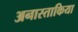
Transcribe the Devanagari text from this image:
अनास्ताकिया